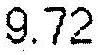
9.72